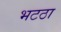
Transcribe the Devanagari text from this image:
भटठा